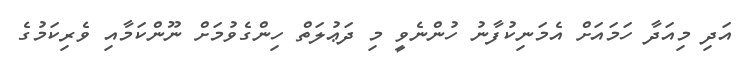
އަދި މިއަދާ ހަމައަށް އެމަނިކުފާނު ހުންނެވީ މި ދަޢުލަތް ހިންގެވުމަށް ނޫންކަމާއި ވެރިކަމުގެ